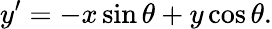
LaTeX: y^{\prime}=-x\sin\theta+y\cos\theta.